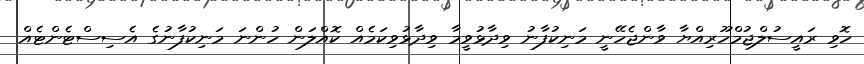
ހޮވި ރައީސުލްޖުމްހޫރިއްޔާ ވާންޖެހޭނީ މަނިކުފާނު ވިދާޅުވީމާ ވިދާޅުވިކަމެއް ކޮއްލަން ހުންނަ މަނިކުފާނުގެ އެސިސްޓެންޓެއް